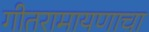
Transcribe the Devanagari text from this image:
गीतरामायणाचा